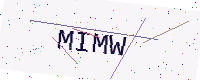
Text: MIMW